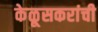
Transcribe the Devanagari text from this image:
केळूसकरांची